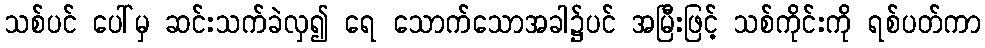
သစ်ပင် ပေါ်မှ ဆင်းသက်ခဲလှ၍ ရေ သောက်သောအခါ၌ပင် အမြီးဖြင့် သစ်ကိုင်းကို ရစ်ပတ်ကာ